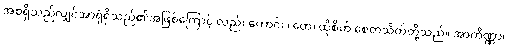
အစရှိသည်လျှင်အာရုံရှိသည်၏အဖြစ်ကြောင့် လည်း ကောင်း။ တေ၊ ထိုစိတ် စေတသိတ်တို့သည်။ အာကိဏ္ဏာ၊